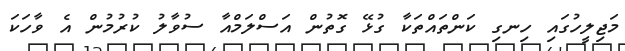
މަޖިލީހުގައި ހިނގި ކަންތައްތަކާ ގުޅޭ ގޮތުން އަސްލަމްއާ ސުވާލު ކުރުމުން އެ ވާހަކަ